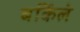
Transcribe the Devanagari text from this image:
बर्किले